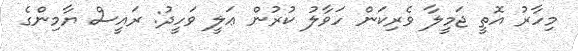
މިހާރު އޮތީ ޖަމީލާ ވެރިކަން ހަވާލު ކުރުން ޢަލީ ވަހީދު: ރައީސް ޔާމިންގެ